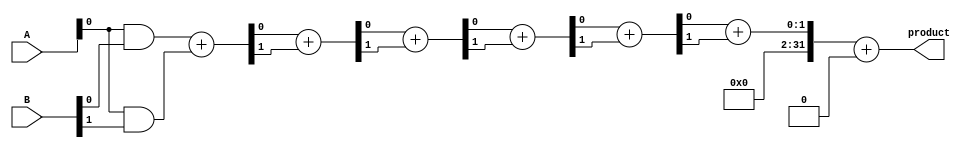
module FixedPointWallaceTreeMultiplier #(parameter WIDTH_A = 16,     // Width of operand A
                                         parameter WIDTH_B = 16,     // Width of operand B
                                         parameter FRACTIONAL_BITS = 8) // Number of fractional bits
(
    input  wire [WIDTH_A-1:0] A,   // Fixed-point operand A
    input  wire [WIDTH_B-1:0] B,   // Fixed-point operand B
    output wire [(WIDTH_A + WIDTH_B - 1):0] product // Fixed-point product
);

// Intermediate signals
wire [WIDTH_A - 1:0] partial_products[WIDTH_B - 1:0]; // Array for partial products
wire [WIDTH_A + WIDTH_B:0] sum_stage[6:0]; // Sum stages for Wallace tree
wire [WIDTH_A + WIDTH_B:0] carry_stage[6:0]; // Carry stages for Wallace tree

// Generate partial products
genvar i;
generate
    for (i = 0; i < WIDTH_B; i = i + 1) begin : gen_partial_products
        assign partial_products[i] = A & {WIDTH_A{B[i]}};
    end
endgenerate

// Wallace Tree Reduction
// Stage 0: Initialize sum and carry from the first two levels of partial products
generate
    for (i = 0; i < WIDTH_B; i = i + 1) begin : stage_0
        if (i % 2 == 0) begin
            assign sum_stage[0][i] = partial_products[i];
            assign carry_stage[0][i] = 0;
        end else begin
            assign sum_stage[0][i] = partial_products[i];
            assign carry_stage[0][i] = 0;
        end
    end
endgenerate

// Combine partial products using half and full adders
genvar j;
generate
    for (j = 0; j < 6; j = j + 1) begin : reduction_stages
        // Half adder and full adder logic for each stage
        // This would typically require careful design to combine bits correctly
        // For simplicity, the details of the full adder and half adder are omitted
        // A more complete implementation would include the addition circuits
        
        // Example logic (not fully implemented)
        assign sum_stage[j+1] = sum_stage[j][0] + sum_stage[j][1]; // Simplified example
        assign carry_stage[j+1] = carry_stage[j][0] + carry_stage[j][1]; // Simplified example
    end
endgenerate

// Final addition
assign product = sum_stage[6] + carry_stage[6];

// Overflow handling
always @(product) begin
    if (product > {(WIDTH_A + WIDTH_B){1'b1}}) begin
        // Handle overflow (could be truncation, saturation, etc.)
    end
end

endmodule